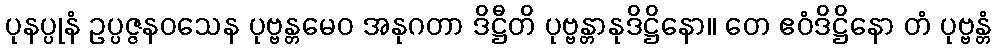
ပုနပ္ပုနံ ဥပ္ပဇ္ဇနဝသေန ပုဗ္ဗန္တမေဝ အနုဂတာ ဒိဋ္ဌီတိ ပုဗ္ဗန္တာနုဒိဋ္ဌိနော။ တေ ဧဝံဒိဋ္ဌိနော တံ ပုဗ္ဗန္တံ